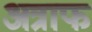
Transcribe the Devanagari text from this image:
अत्राफ